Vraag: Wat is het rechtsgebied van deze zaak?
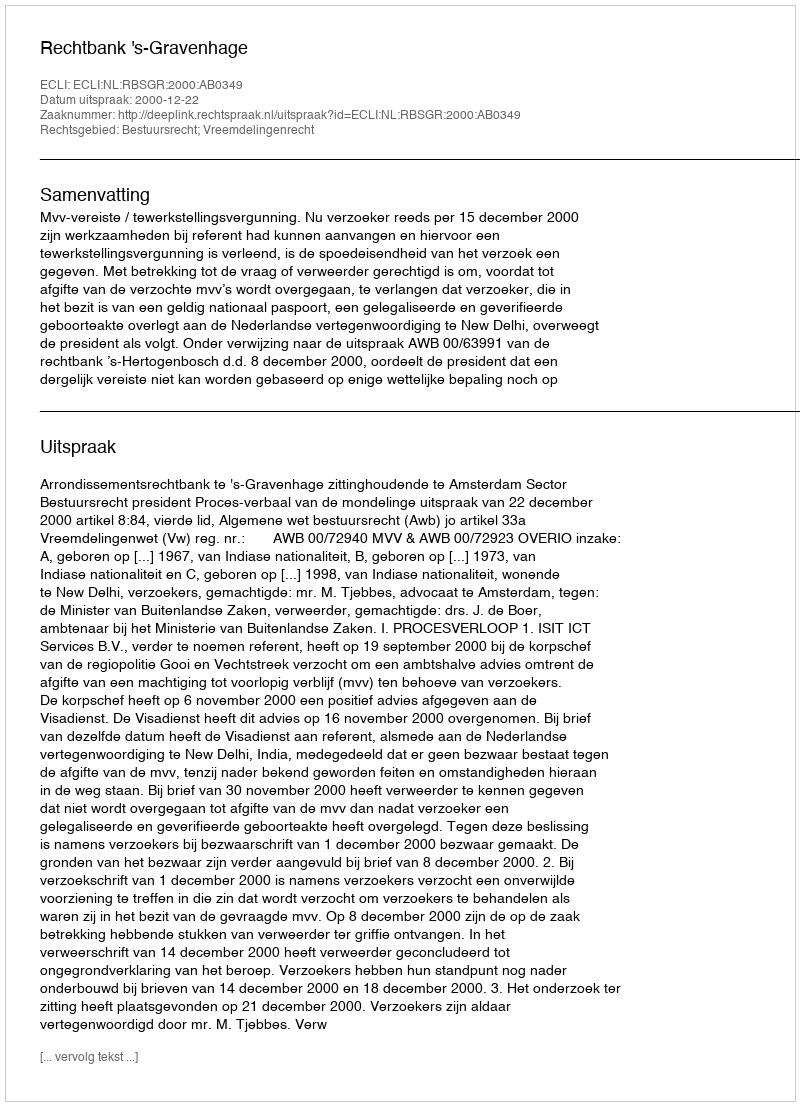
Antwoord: Bestuursrecht; Vreemdelingenrecht